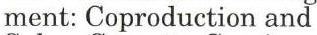
ment: Coproduction and